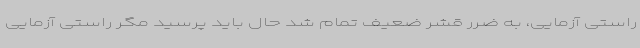
راستی آزمایی، به ضرر قشر ضعیف تمام شد حال باید پرسید مگر راستی آزمایی